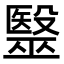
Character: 毉